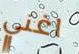
اغني